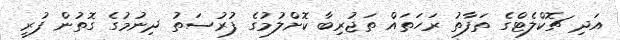
އަދި ޗޮކްލެޓްގެ ތަފާތު ރަހަތައް ތަޖުރިބާ ކޮށްލުމުގެ ފުރުސަތު ދިނުމުގެ ގޮތުން ފުރީ